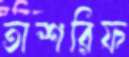
তাশরিফ